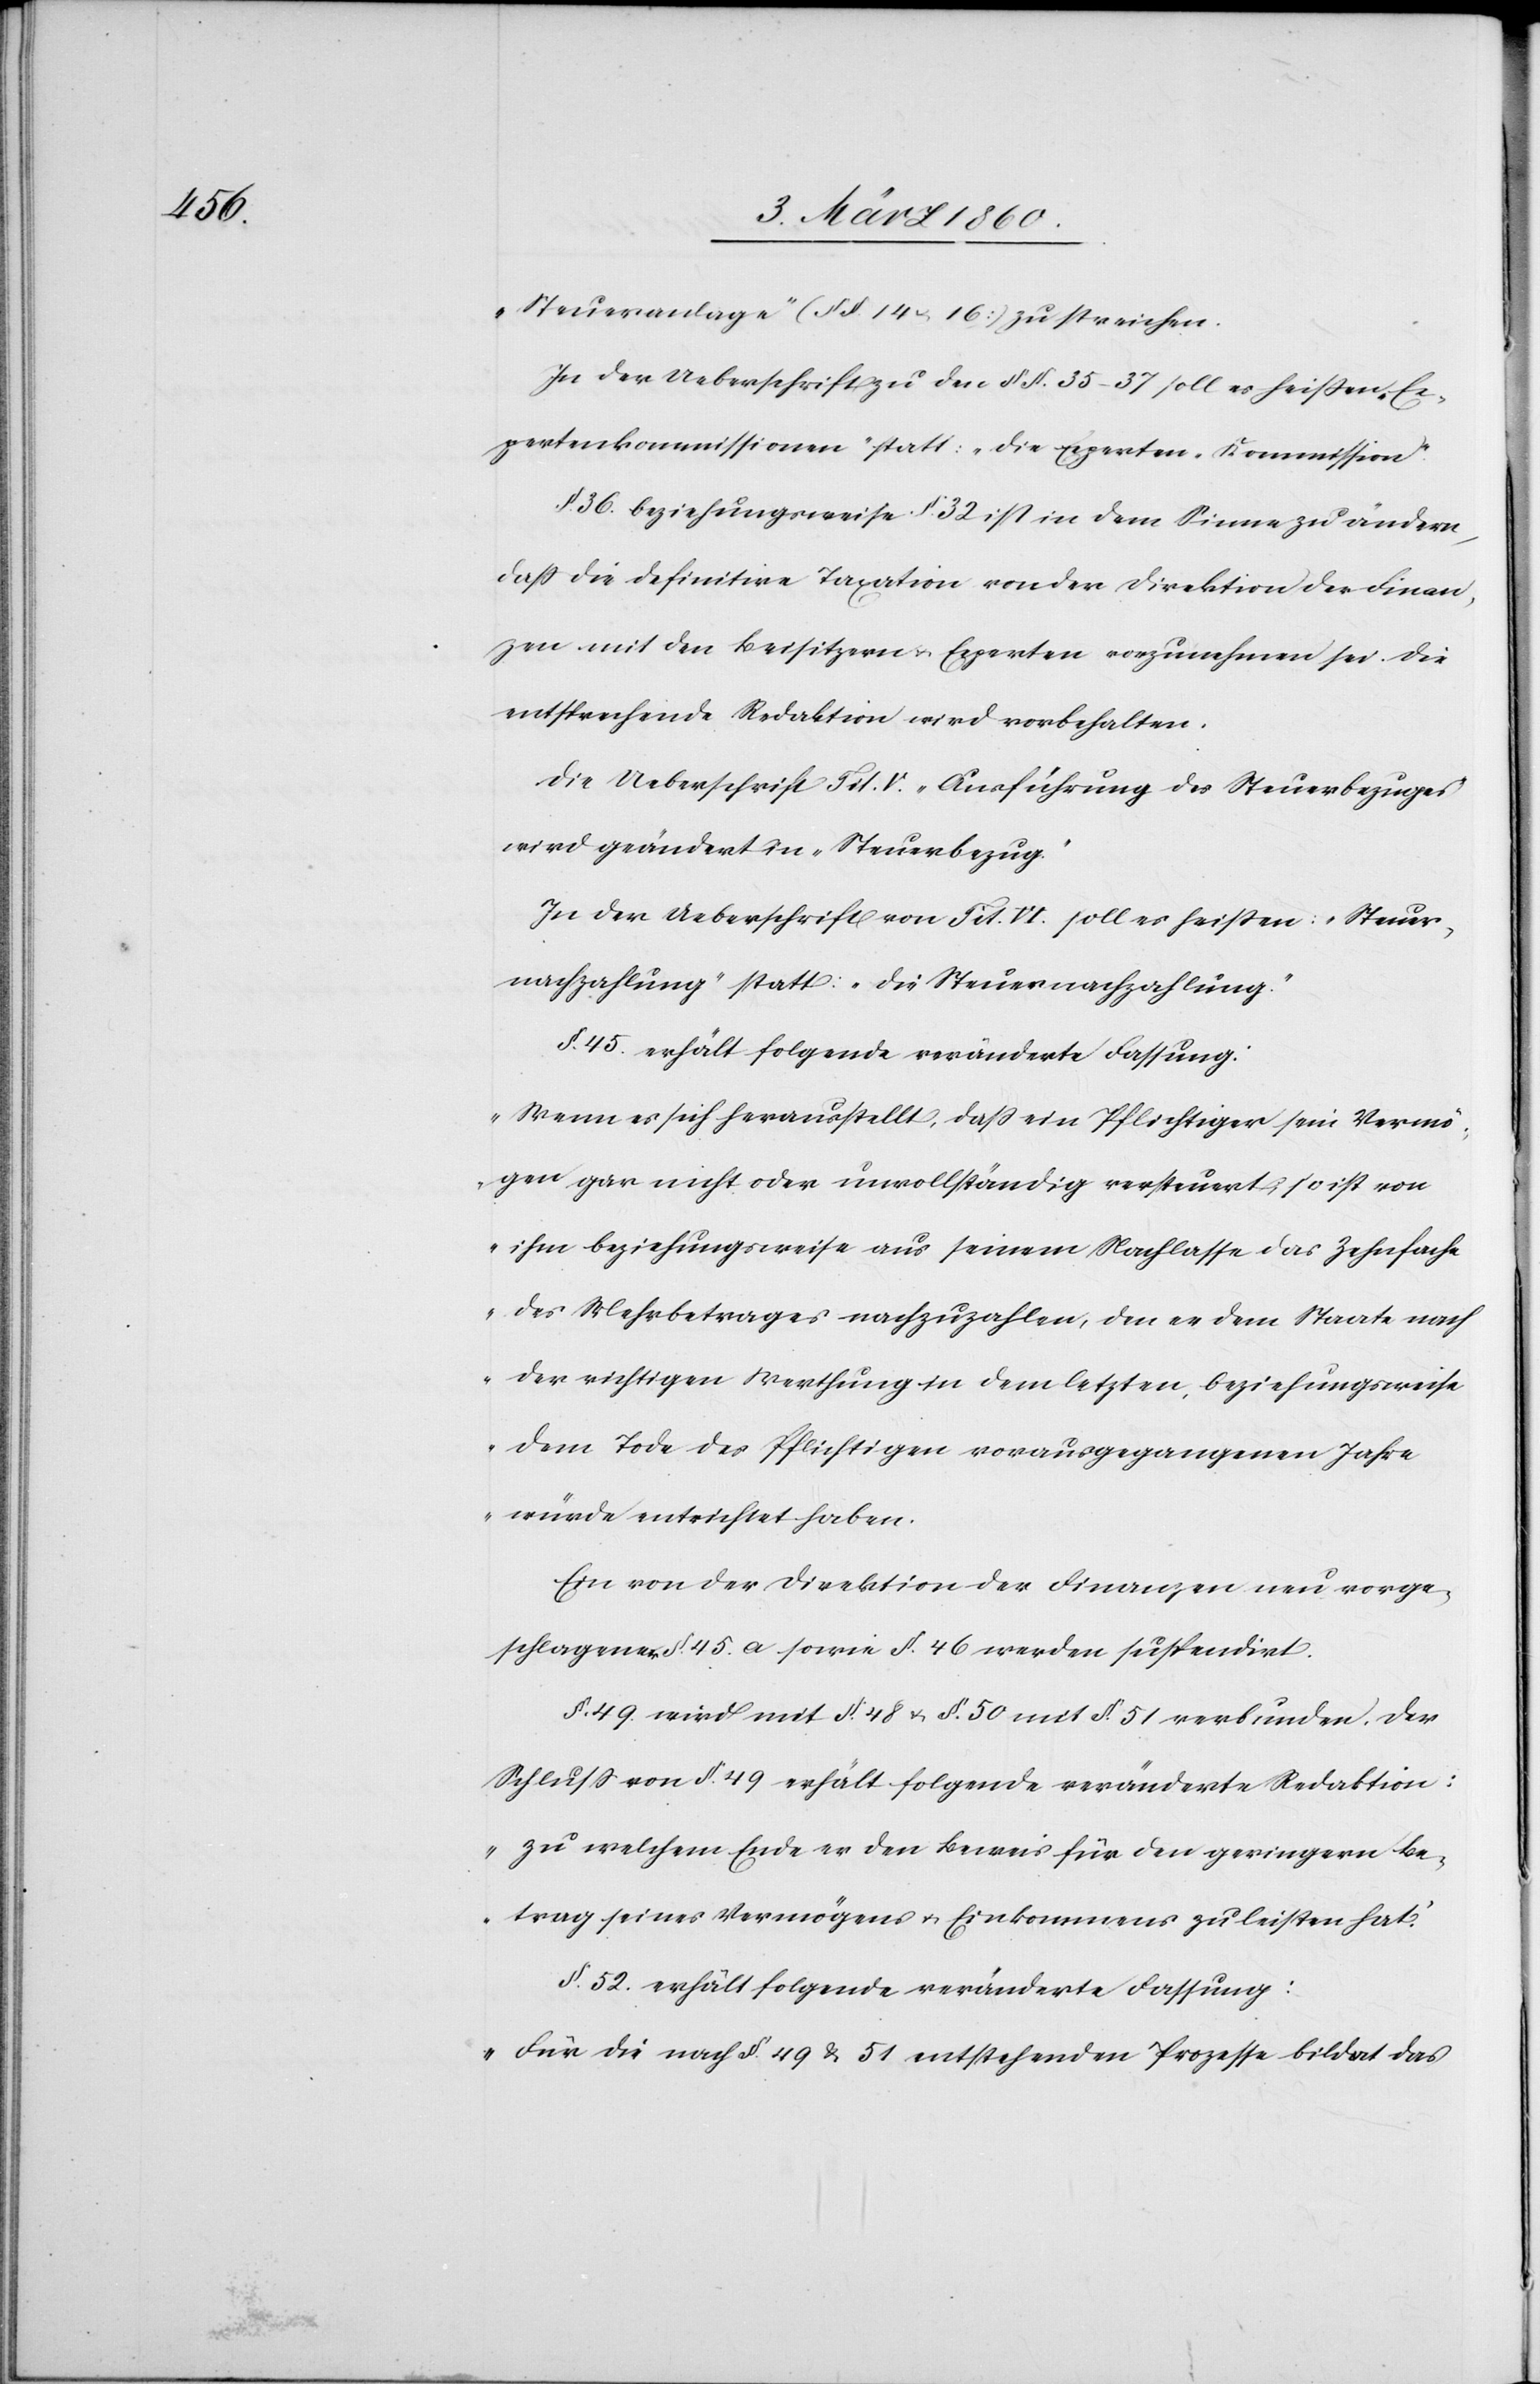
Steuerlage“ (§§. 14 u. 16) zu streichen.
In der Ueberschrift zu den §§. 35–37 soll es heissen: „Ex¬
pertenkommissionen“ statt: „Die Experten-Kommission.“
§. 36. beziehungsweise §. 32. ist in dem Sinne zu ändern,
dass die definitive Taxation von der Direktion der Finan¬
zen mit den Beisitzern u. Experten vorzunehmen sei. Die
entsprechende Redaktion wird vorbehalten.
Die Ueberschrift Tit. V. „Ausführung des Steuerbezuges“
wird geändert in „Steuerbezug“
In der Ueberschrift von Tit. VI. soll es heissen: „Steuer¬
nachzahlung“ statt: „die Steuernachzahlung.“
§. 45. erhält folgende veränderte Fassung:
„Wenn es sich herausstellt, dass ein Pflichtiger sein Vermö¬
gen gar nicht oder unvollständig versteuert, so ist von
ihm beziehungsweise aus seinem Nachlasse das Zehnfache
des Mehrbetrages nachzuzahlen, den er dem Staate nach
der richtigen Werthung in dem letzten, beziehungsweise
dem Tode des Pflichtigen vorausgegangenen Jahre
würde entrichtet haben.[“]
Ein von der Direktion der Finanzen neu vorge¬
schlagener §. 45. a. sowie §. 46. werden suspendirt.
§. 49. wird mit §. 48. u. §. 50. mit §. 51. verbunden. Der
Schluss von §. 49. erhält folgende veränderte Redaktion:
„zu welchem Ende er den Beweis für den geringern Be¬
trag seines Vermögens u. Einkommens zu leisten hat.“
§. 52. erhält folgende veränderte Fassung:
„Für die nach §. 49. u. 51. entstehenden Prozesse bildet das